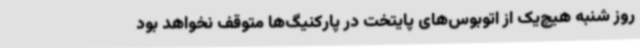
روز شنبه هیچ‌یک از اتوبوس‌های پایتخت در پارکنیگ‌ها متوقف نخواهد بود